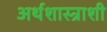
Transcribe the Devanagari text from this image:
अर्थशास्त्राशी